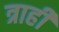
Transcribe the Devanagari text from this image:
त्राही